Scottish Certificate of Education, 1963
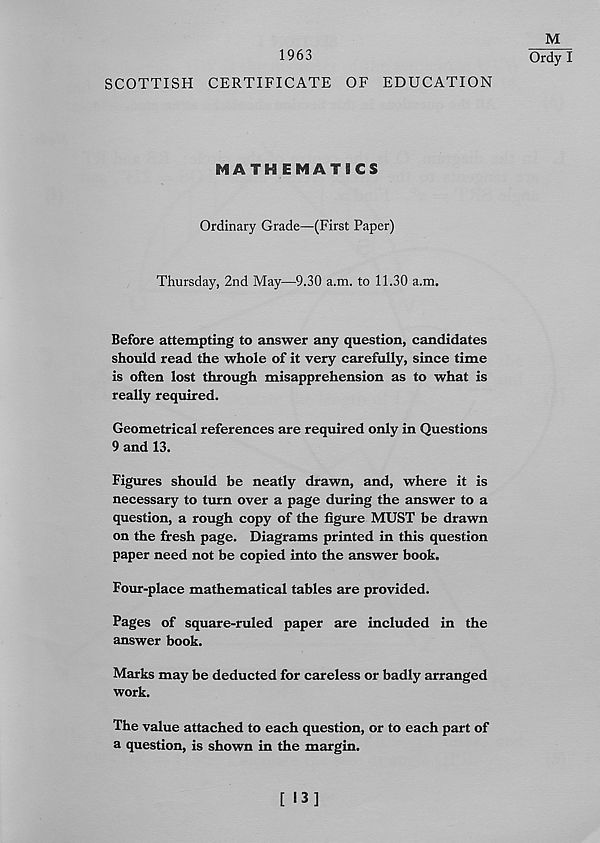
1963
SCOTTISH CERTIFICATE OF EDUCATION
M
Ordy I
MATHEMATICS
Ordinary Grade—(First Paper)
Thursday, 2nd May—9.30 a.m. to 11.30 a.m.
Before attempting to answer any question, candidates
should read the whole of it very carefully, since time
is often lost through misapprehension as to what is
really required.
Geometrical references are required only in Questions
9 and 13.
Figures should be neatly drawn, and, where it is
necessary to turn over a page during the answer to a
question, a rough copy of the figure MUST be drawn
on the fresh page. Diagrams printed in this question
paper need not be copied into the answer book.
Four-place mathematical tables are provided.
Pages of square-ruled paper are included in the
answer book.
Marks may be deducted for careless or badly arranged
work.
The value attached to each question, or to each part of
a question, is shown in the margin.
[ 13]